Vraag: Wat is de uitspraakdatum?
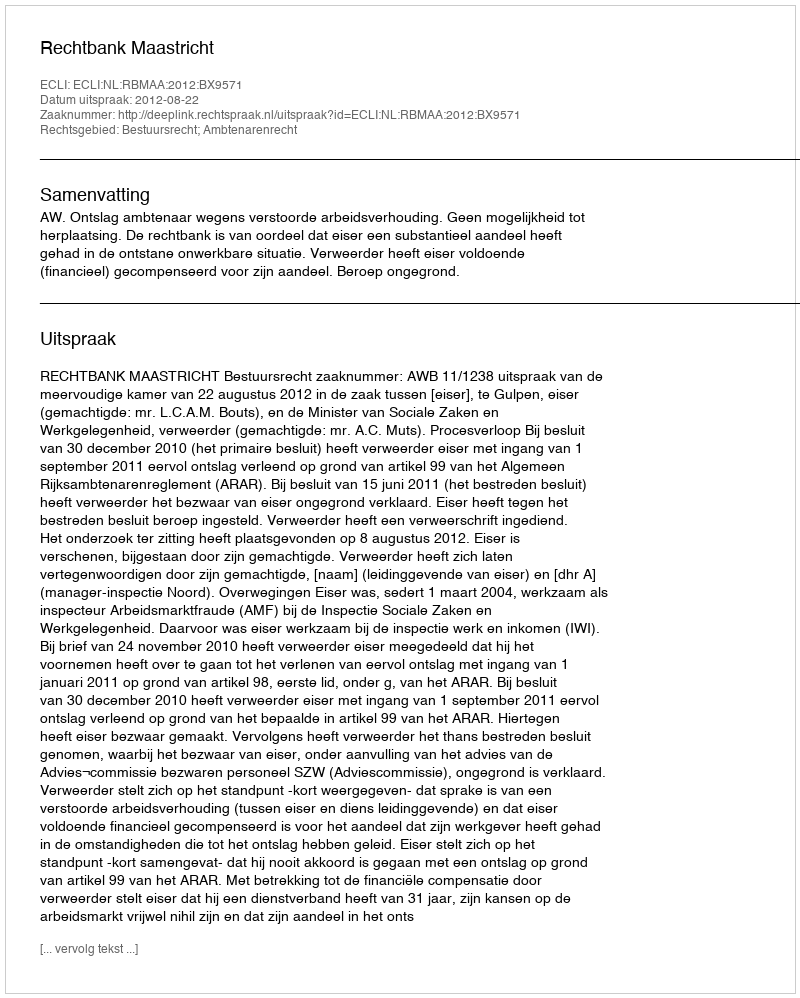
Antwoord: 2012-08-22